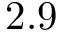
2 . 9